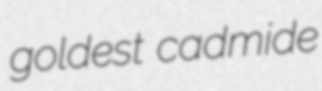
goldest cadmide